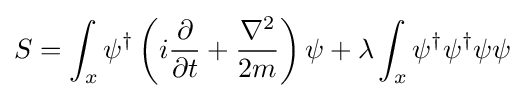
S=\int _{x}\psi ^{\dagger }\left(i{\partial  \over \partial t}+{\nabla ^{2} \over 2m}\right)\psi +\lambda \int _{x}\psi ^{\dagger }\psi ^{\dagger }\psi \psi